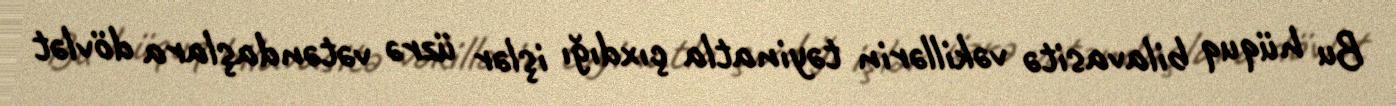
Bu hüquq bilavasitə vəkillərin təyinatla çıxdığı işlər üzrə vətəndaşlara dövlət